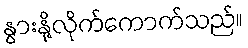
နွားနို့လိုက်ကောက်သည်။